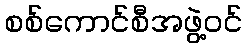
စစ်ကောင်စီအဖွဲ့ဝင်